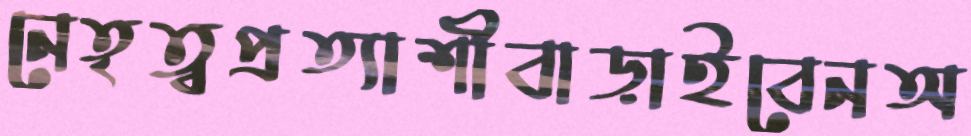
নেতৃত্বপ্রত্যাশীবাড়াইবেনঅ